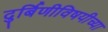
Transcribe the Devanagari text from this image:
दुर्बिणीविषयीच्या